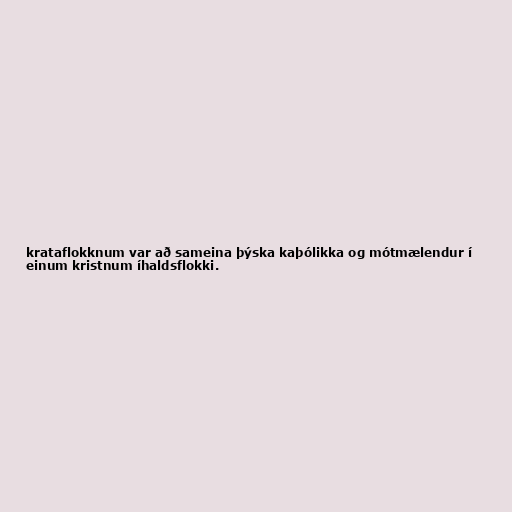
krataflokknum var að sameina þýska kaþólikka og mótmælendur í
einum kristnum íhaldsflokki.